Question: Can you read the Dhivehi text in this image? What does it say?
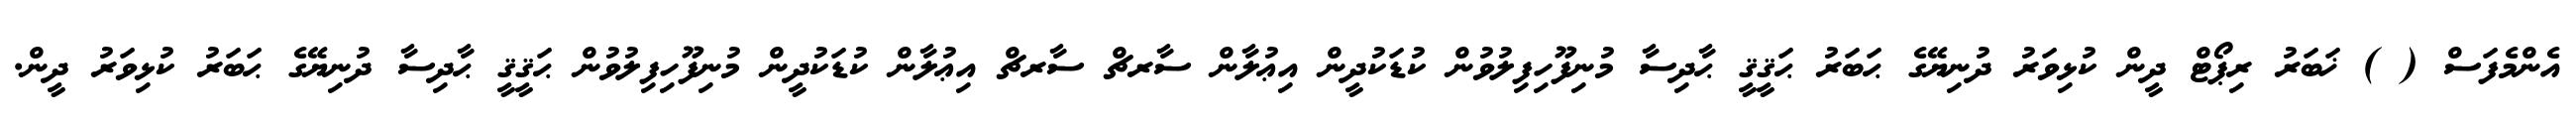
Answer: އެންމެފަސް ( ) ޚަބަރު ރިޕޯޓް ދީން ކުޅިވަރު ދުނިޔޭގެ ޙަބަރު ޙަޤީޤީ ޙާދިސާ މުނިފޫހިފިލުވުން ކުޑަކުދީން އިޢުލާން ސާރޗް ސާރޗް އިޢުލާން ކުޑަކުދީން މުނިފޫހިފިލުވުން ޙަޤީޤީ ޙާދިސާ ދުނިޔޭގެ ޙަބަރު ކުޅިވަރު ދީން.